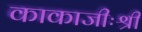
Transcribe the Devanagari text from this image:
काकाजीःश्री